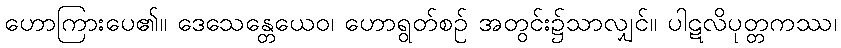
ဟောကြားပေ၏။ ဒေသေန္တေယေဝ၊ ဟောရွတ်စဉ် အတွင်း၌သာလျှင်။ ပါဋလိပုတ္တကဿ၊